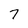
Character: 7